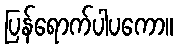
ပြန်ရောက်ပါပကော။